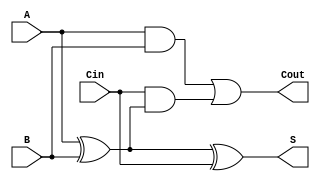
module async_full_adder (
    input wire A,      // First input bit
    input wire B,      // Second input bit
    input wire Cin,    // Carry-in bit
    output wire S,     // Sum output
    output wire Cout   // Carry-out output
);

// Sum calculation using XOR operation
assign S = A ^ B ^ Cin;

// Carry-out calculation using AND and OR operations
assign Cout = (A & B) | (Cin & (A ^ B));

endmodule